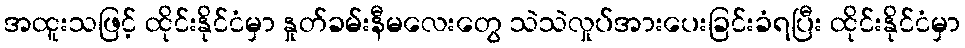
အထူးသဖြင့် ထိုင်းနိုင်ငံမှာ နှုတ်ခမ်းနီမလေးတွေ သဲသဲလှုပ်အားပေးခြင်းခံရပြီး ထိုင်းနိုင်ငံမှာ